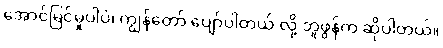
အောင်မြင်မှုပါပဲ၊ ကျွန်တော် ပျော်ပါတယ် လို့ ဘူဖွန်က ဆိုပါတယ်။